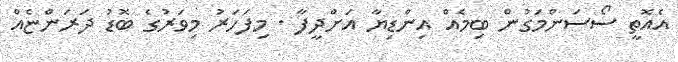
އެއޮތީ ސޯސަންމަގުން ބިމެއް އިންޑިޔާ އަށްދީފާ . މިފަހަރު މިވަރުގެ ބޮޑު ދަރަންޏެއް